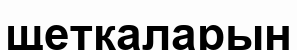
щеткаларын